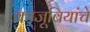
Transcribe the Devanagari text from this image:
काजूबियांचे